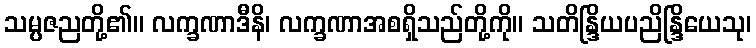
သမ္ပဇညတို့၏။ လက္ခဏာဒီနိ၊ လက္ခဏာအစရှိသည်တို့ကို။ သတိန္ဒြိယပညိန္ဒြိယေသု၊